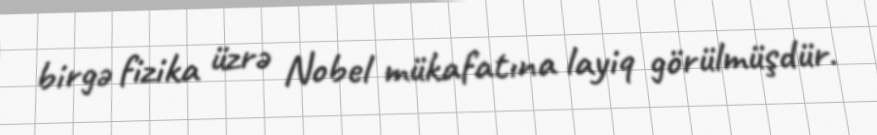
birgə fizika üzrə Nobel mükafatına layiq görülmüşdür.